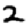
Digit: 2